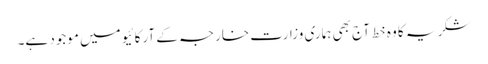
شکریہ کا وہ خط آج بھی ہماری وزارت خارجہ کے آرکائیو میں موجود ہے۔